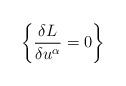
LaTeX: \begin{align*}\left\{\frac{\delta L}{\delta u^{\alpha}}=0\right\}\end{align*}